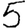
Digit: 5